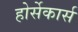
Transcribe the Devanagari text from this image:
होर्सेकार्स